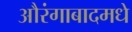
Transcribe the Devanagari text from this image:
औरंगाबादमधे